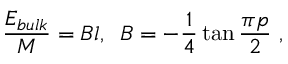
\frac { E _ { b u l k } } { M } = B l , \, \, \, B = - \frac { 1 } { 4 } \tan \frac { \pi p } { 2 } \, \, ,